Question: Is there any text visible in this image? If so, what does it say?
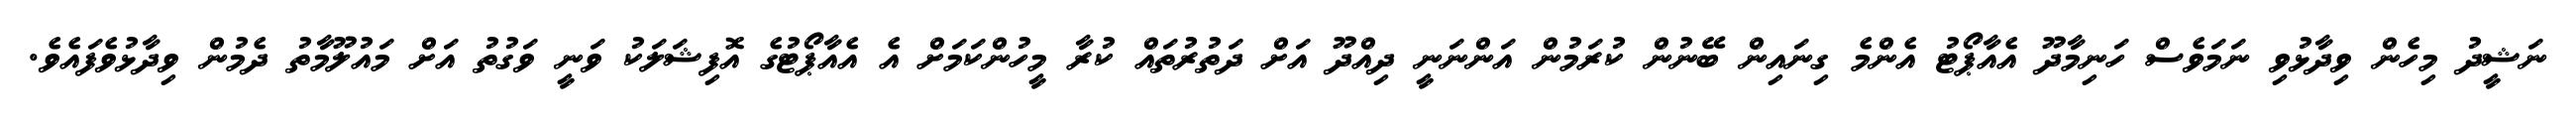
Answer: ނަޝީދު މިހެން ވިދާޅުވި ނަމަވެސް ހަނިމާދޫ އެއާޕޯޓު އެންމެ ގިނައިން ބޭނުން ކުރަމުން އަންނަނީ ދިއްދޫ އަށް ދަތުރުތައް ކުރާ މީހުންކަމަށް އެ އެއާޕޯޓުގެ އޮފިޝަލަކު ވަނީ ވަގުތު އަށް މައުލޫމާތު ދެމުން ވިދާޅުވެފައެވެ.